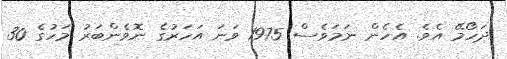
ދަހޯމޭ އެވެ. އެހެން ނަމަވެސް 1975 ވަނަ އަހަރުގެ ނޮވެންބަރު މަހުގެ 30